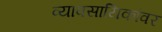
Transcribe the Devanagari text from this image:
व्यावसायिकांवर